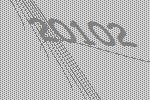
20102